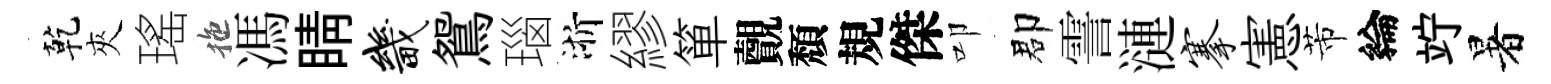
乾夾瑤拖馮睛畿鴛瑙浙繆箪覿頽規傑叩郡霅漣搴憲芾綸竚暑